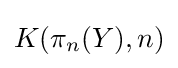
K(\pi _{n}(Y),n)